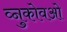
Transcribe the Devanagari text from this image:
व्नुकोवओ